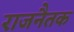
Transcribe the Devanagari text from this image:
राजनैतक